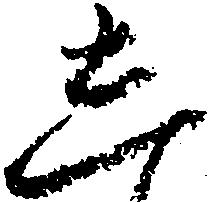
し